Vaccination in the Punjab 1883-1896 - 1883-1896
Year: 1883
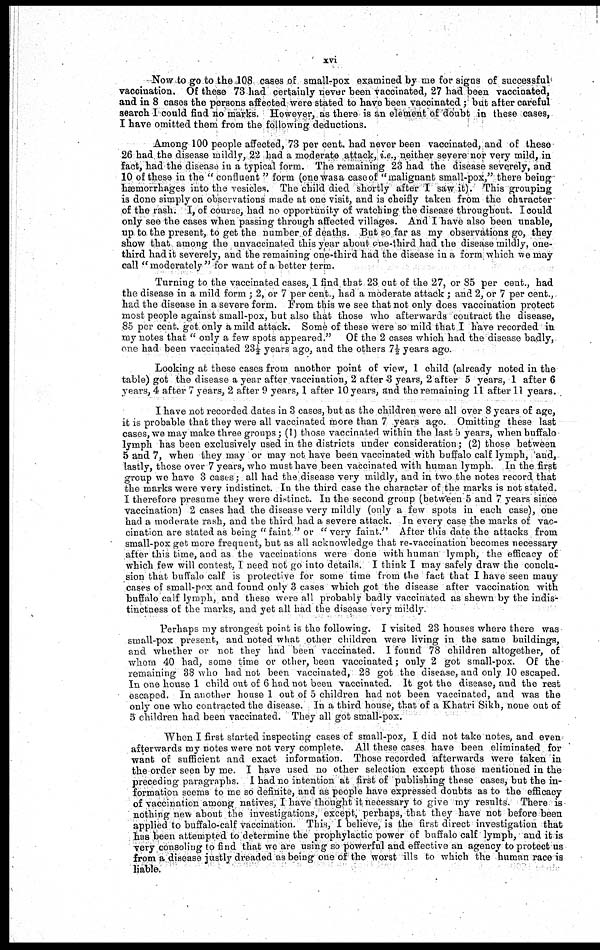
xvi
Now to go to the 108 cases of small-pox examined by me for signs of successful
vaccination. Of these 73 had certainly never been vaccinated, 27 had been vaccinated,
and in 8 cases the persons affected were stated to have been vaccinated; but after careful
search I could find no marks. However, as there is an element of doubt in these cases,
I have omitted them from the following deductions.
Among 100 people affected, 73 per cent. had never been vaccinated, and of these
26 had the disease mildly, 22 had a moderate attack, i.e., neither severe nor very mild, in
fact, had the disease in a typical form. The remaining 23 had the disease severely, and
10 of these in the " confluent " form (one was a case of "malignant small-pox," there being
hæmorrhages into the vesicles. The child died shortly after I saw it). This grouping
is done simply on observations made at one visit, and is cheifly taken from the character
of the rash. I, of course, had no opportunity of watching the disease throughout. I could
only see the cases when passing through affected villages. And I have also been unable,
up to the present, to get the number of deaths. But so far as my observations go, they
show that among the unvaccinated this year about one-third had the disease mildly, one
third had it severely, and the remaining one third had the disease in a form which we may
call "moderately" for want of a better term.
Turning to the vaccinated cases, I find that 23 out of the 27, or 85 per cent., had
the disease in a mild form ; 2, or 7 per cent., had a moderate attack ; and 2, or 7 per cent.,
had the disease in a severe form. From this we see that not only does vaccination protect
most people against small-pox, but also that those who afterwards contract the disease,
85 per cent. get only a mild attack. Some of these were so mild that I have recorded in
my notes that " only a few spots appeared."
Of the 2 cases which had the disease badly,
one had been vaccinated 23½ years ago, and the others 7½ years ago.
Looking at these cases from another point of view, 1 child (already noted in the
table) got the disease a year after vaccination, 2 after 3 years, 2 after 5 years, 1 after 6
years, 4 after 7 years, 2 after 9 years, 1 after 10 years, and the remaining 11 after 11 years.
I have not recorded dates in 3 cases, but as the children were all over 8 years of age,
it is probable that they were all vaccinated more than 7 years ago. Omitting these last
cases, we may make three groups; (1) those vaccinated within the last 5 years, when buffalo
lymph has been exclusively used in the districts under consideration; (2) those between
5 and 7, when they may or may not have been vaccinated with buffalo calf lymph, and,
lastly, those over 7 years, who must have been vaccinated with human lymph. In the first
group we have 3 cases; all had the disease very mildly, and in two the notes record that
the marks were very indistinct. In the third case the character of the marks is not stated.
I therefore presume they were distinct. In the second group (between 5 and 7 years since
vaccination) 2 cases had the disease very mildly (only a few spots in each case), one
had a moderate rash, and the third had a severe attack. In every case the marks of vac-
cination are stated as being "faint " or "very faint." After this date the attacks from
small-pox get more frequent, but as all acknowledge that re-vaccination becomes necessary
after this time, and as the vaccinations were done with human lymph, the efficacy of
which few will contest, I need not go into details. I think I may safely draw the conclu-
sion that buffalo calf is protective for some time from the fact that I have seen many
cases of small-pox and found only 3 cases which got the disease after vaccination with
buffalo calf lymph, and these were all probably badly vaccinated as shewn by the indis-
tinctness of the marks, and yet all had the disease very mildly.
Perhaps my strongest point is the following. I visited 23 houses where there was
small-pox present, and noted what other children were living in the same buildings,
and whether or not they had been vaccinated. I found 78 children altogether, of
whom 40 had, some time or other, been vaccinated; only 2 got small-pox. Of the
remaining 38 who had not been vaccinated, 28 got the disease, and only 10 escaped.
In one house 1 child out of 6 had not been vaccinated. It got the disease, and the rest
escaped. In another house 1 out of 5 children had not been vaccinated, and was the
only one who contracted the disease. In a third house, that of a Khatri Sikh, none out of
5 children had been vaccinated. They all got small-pox.
When I first started inspecting cases of small-pox, I did not take notes, and even
afterwards my notes were not very complete. All these cases have been eliminated for
want of sufficient and exact information. Those recorded afterwards were taken in
the order seen by me. I have used no other selection except those mentioned in the
preceding paragraphs. I had no intention at first of publishing these cases, but the in-
formation seems to me so definite, and as people have expressed doubts as to the efficacy
of vaccination among natives, I have thought it necessary to give my results. There is
nothing new about the investigations, except, perhaps, that they have not before been
applied to buffalo-calf vaccination. This, I believe, is the first direct investigation that
has been attempted to determine the prophylactic power of buffalo calf lymph, and it is
very consoling to find that we are using so powerful and effective an agency to protect us
from a disease justly dreaded as being one of the worst ills to which the human race is
liable.